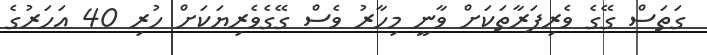
ގަތަސް ގޭގެ ވެރިފަރާތަކަށް ވާނީ މިހާރު ވެސް ގޭގެވެރިޔަކަށް ހުރި 40 އަހަރުގެ